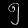
Digit: ၅